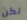
لكن